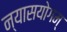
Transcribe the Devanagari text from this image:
न्यासयोगम्